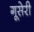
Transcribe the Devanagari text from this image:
गूसेरी